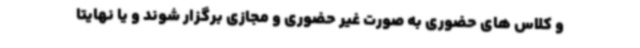
و کلاس های حضوری به صورت غیر حضوری و مجازی برگزار شوند و یا نهایتا